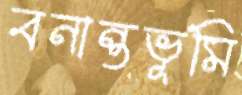
বনান্তভূমি